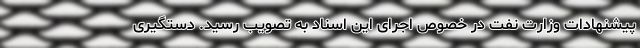
پیشنهادات وزارت نفت در خصوص اجرای این اسناد به تصویب رسید. دستگیری